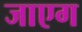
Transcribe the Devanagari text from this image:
जाएग